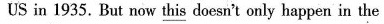
US in 1935. But now this doesn't only happen in the